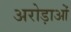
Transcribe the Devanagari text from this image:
अरोड़ाओं